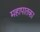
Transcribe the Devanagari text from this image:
महापातका